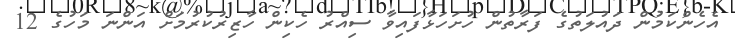
އެހެންކަމުން ދައުލަތުގެ ފަރާތުން ހުށަހަޅާފައިވާ ސިއްރު ހެކިން ހާޒިރުކުރުމަށް އަންނަ މަހުގެ 12